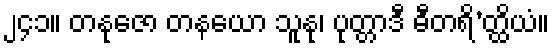
၂၄၁။ တနုဇော တနယော သူနု၊ ပုတ္တာဒီ ဓီတရိ’တ္ထိယံ။